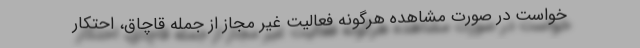
خواست در صورت مشاهده هرگونه فعالیت غیر مجاز از جمله قاچاق، احتکار